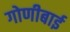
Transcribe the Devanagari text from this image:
गोणीबाई